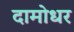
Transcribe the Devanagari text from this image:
दामोधर